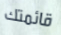
قائمتك